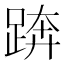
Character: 𨁼